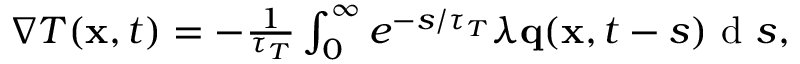
\begin{array} { r } { \nabla T ( \mathbf x , t ) = - \frac { 1 } { \tau _ { T } } \int \displaylimits _ { 0 } ^ { \infty } e ^ { - s / \tau _ { T } } \lambda \mathbf q ( \mathbf x , t - s ) \textrm { d } s , } \end{array}